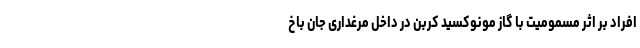
افراد بر اثر مسمومیت با گاز مونوکسید کربن در داخل مرغداری جان باخ